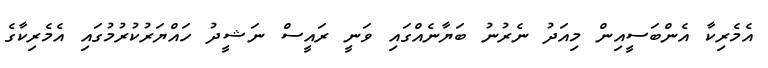
އެމެރިކާ އެންބަސީއިން މިއަދު ނެރުނު ބަޔާނެއްގައި ވަނީ ރައީސް ނަޝީދު ހައްޔަރުކުރުމުގައި އެމެރިކާގެ